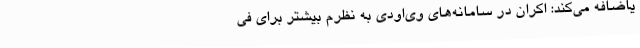
یاضافه می‌کند:‌ اکران در سامانه‌های وی‌اودی به نظرم بیشتر برای فی